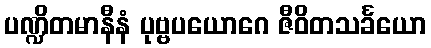
ပဏ္ဍိတမာနီနံ ပုဗ္ဗပယောဂေ ဇီဝိတသင်္ခယော